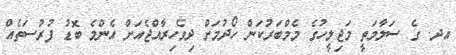
އދ. ގެ ސަލާމަތީ މަޖިލީހުގެ މެމްބަރުކަން ހޯދުމަށް ދިވެހިރާއްޖެއަށް އެންމެ ބޮޑު ފުރުސަތެއް